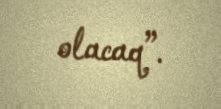
olacaq”.